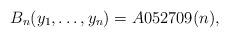
LaTeX: \begin{gather*}B_n(y_1,\ldots,y_n) = A052709(n),\end{gather*}